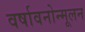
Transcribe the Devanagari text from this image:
वर्षावनोन्मूलन